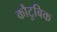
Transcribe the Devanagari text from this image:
कौटुबिक